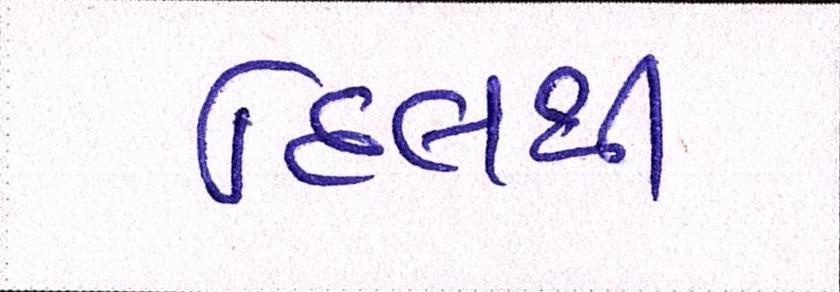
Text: દિલથી